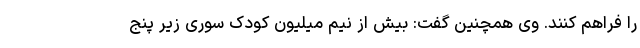
را فراهم کنند. وی همچنین گفت: بیش از نیم میلیون کودک سوری زیر پنج